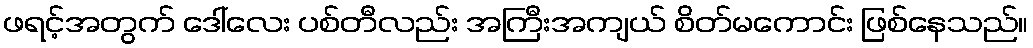
ဖရင့်အတွက် ဒေါ်လေး ပစ်တီလည်း အကြီးအကျယ် စိတ်မကောင်း ဖြစ်နေသည်။